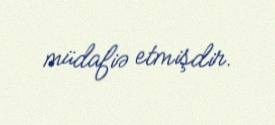
müdafiə etmişdir.